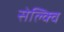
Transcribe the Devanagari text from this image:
सेल्क्वि